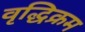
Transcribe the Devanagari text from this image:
वृद्धिक्रम